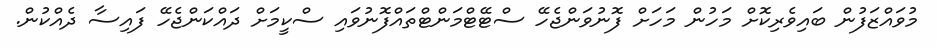
މުވައްޒަފުން ބައިވެރިކޮށް މަހުން މަހަށް ފޮނުވަންޖެހޭ ސްޓޭޓްމަންޓްތައްފޮނުވައި ސްކީމަށް ދައްކަންޖެހޭ ފައިސާ ދެއްކުން.